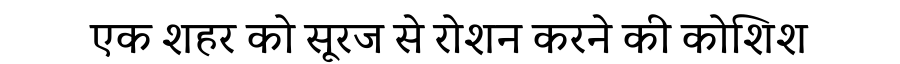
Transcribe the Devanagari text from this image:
एक शहर को सूरज से रोशन करने की कोशिश